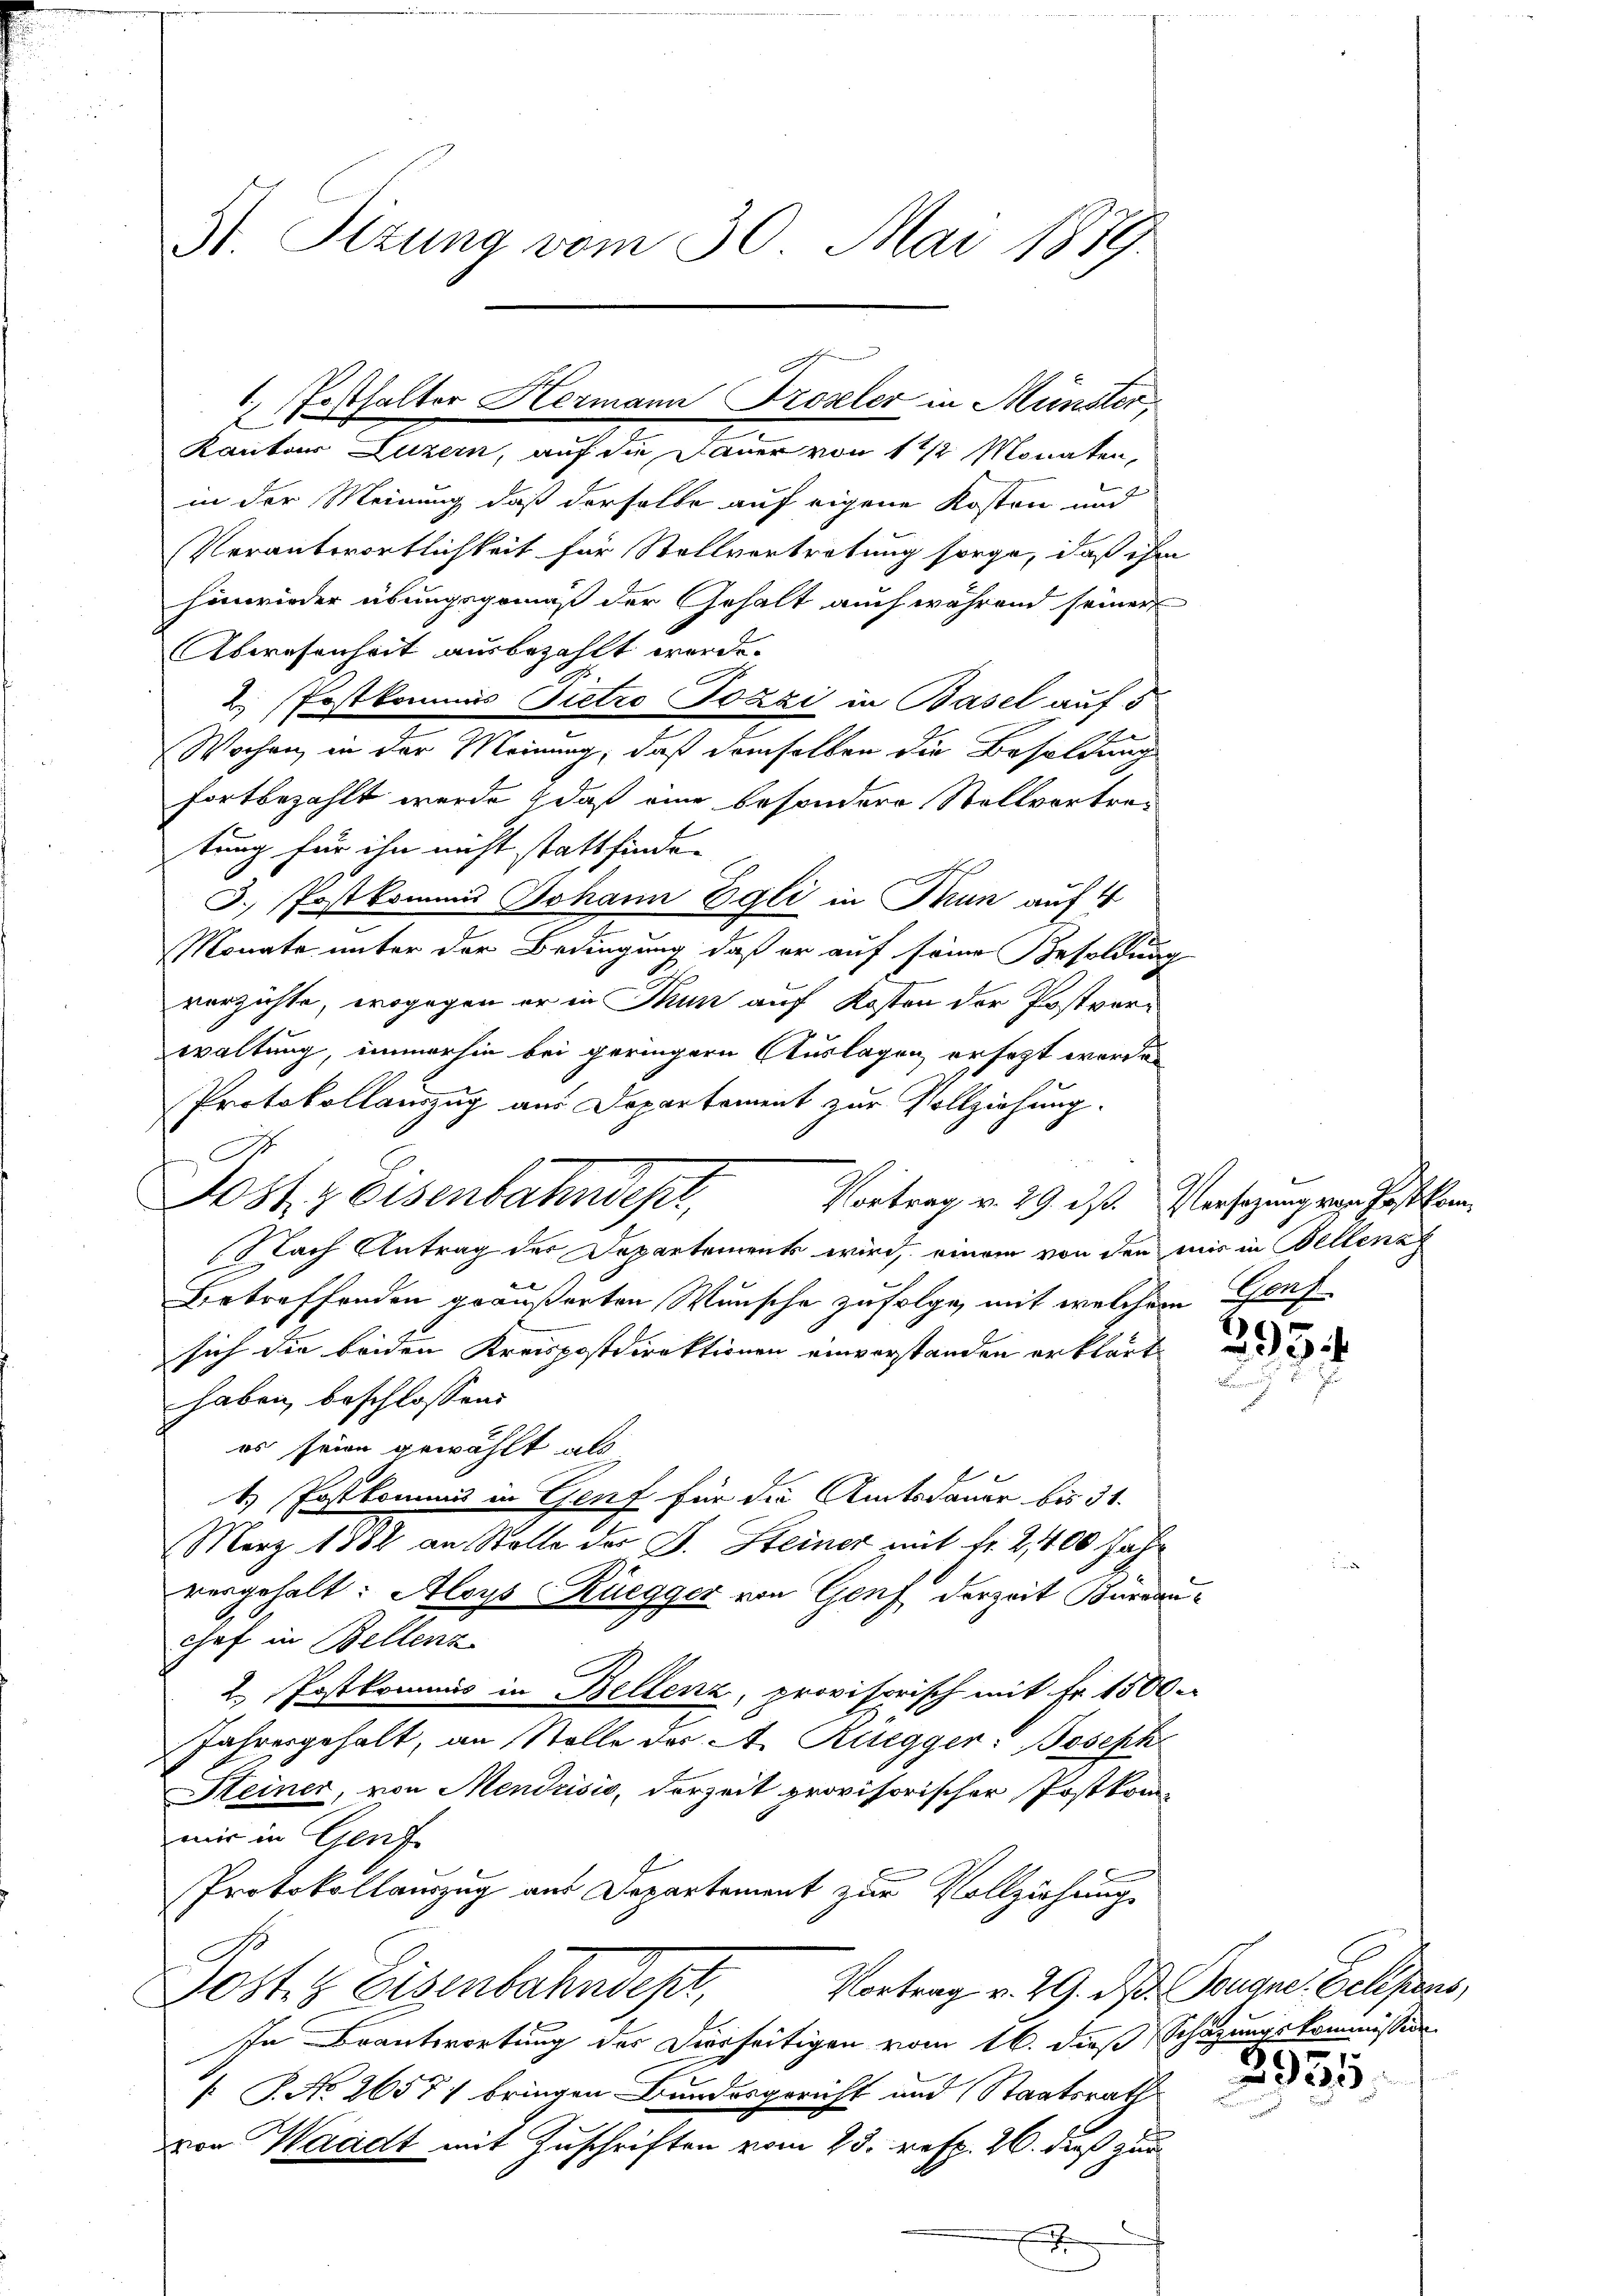
Kanton Luzern, auf die Dauer von 1 1/2 Monaten,
in der Meinung daß derselbe auf eigene Kosten und
Verantwortlichkeit für Stellvertretung sorge, daß ihm
hinwieder übungsgemäß der Gehalt auch während seiner
Abwesenheit ausbezahlt werde.
2. Postkommis Pietro Pozzi in Basel auf 5
Wochen, in der Meinung, daß demselben die Besoldung
fortbezahlt werde, daß eine besondere Stellvortretung für ihn nicht stattfinde.
3. Postkommis Johann Egli in Thun auf 4
Monate unter der Bedingung, daß er auf seine Besoldung
verzichte, wogegen er in Thun auf Kosten der Postver-
waltung, immerhin bei geringern Auslagen ersagt worde
Protokollauszug aus Departement zur Vollziehung.
Nach Antrag der Departements wird, einem von den mir in Bellena
Betreffenden geäußerten Wunsche zufolge, mit welchem Graf
sich die beiden Kreispostdirektionen einverstanden erklärt de
haben, beschlossen:
es seien gewählt als
1.) Postkommnis in Genf für die Amtsdauer bis 31.
März 1882 an Stolle der J. Steiner mit fr. 2,400 Jahr
vergehalt: Aloys Rüegger von Genf derzeit Bürdauchef in Bellenz
c
2. Postkommis in Bellenz, provisorisch mit Fr. 1500.
Jahresgehalt, an Stolle der A. Rüegger: Josephe
Heiner, von Mendrisić, derzeit provisorischer Postkan-
mir in Genf
Protokollauszug aus Departement zur Vollziehung
C
Vortrag v. 29. d. Tougne. Celesens,
Josts Eisenbahndet,
In Beantwortung des Dierseitigen vom 16. dieß Schazungskommission
[ P. No. 26577 bringen Bundesgericht und Staatsrath
von Waadt mit Zuschriften vom 25. resp. 26. dieß zur
x

St. Sizung vom 30. Mai 1879.

Pabhalter Hermann Trosler in Münster,

Post, Eisenbahndepr

Vortrag v. 29. ds. Versezung von Paston.

.
2330